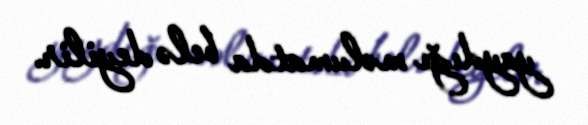
yaydığı məlumatda belə deyilir.